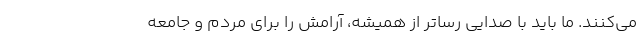
می‌کنند. ما باید با صدایی رساتر از همیشه، آرامش را برای مردم و جامعه